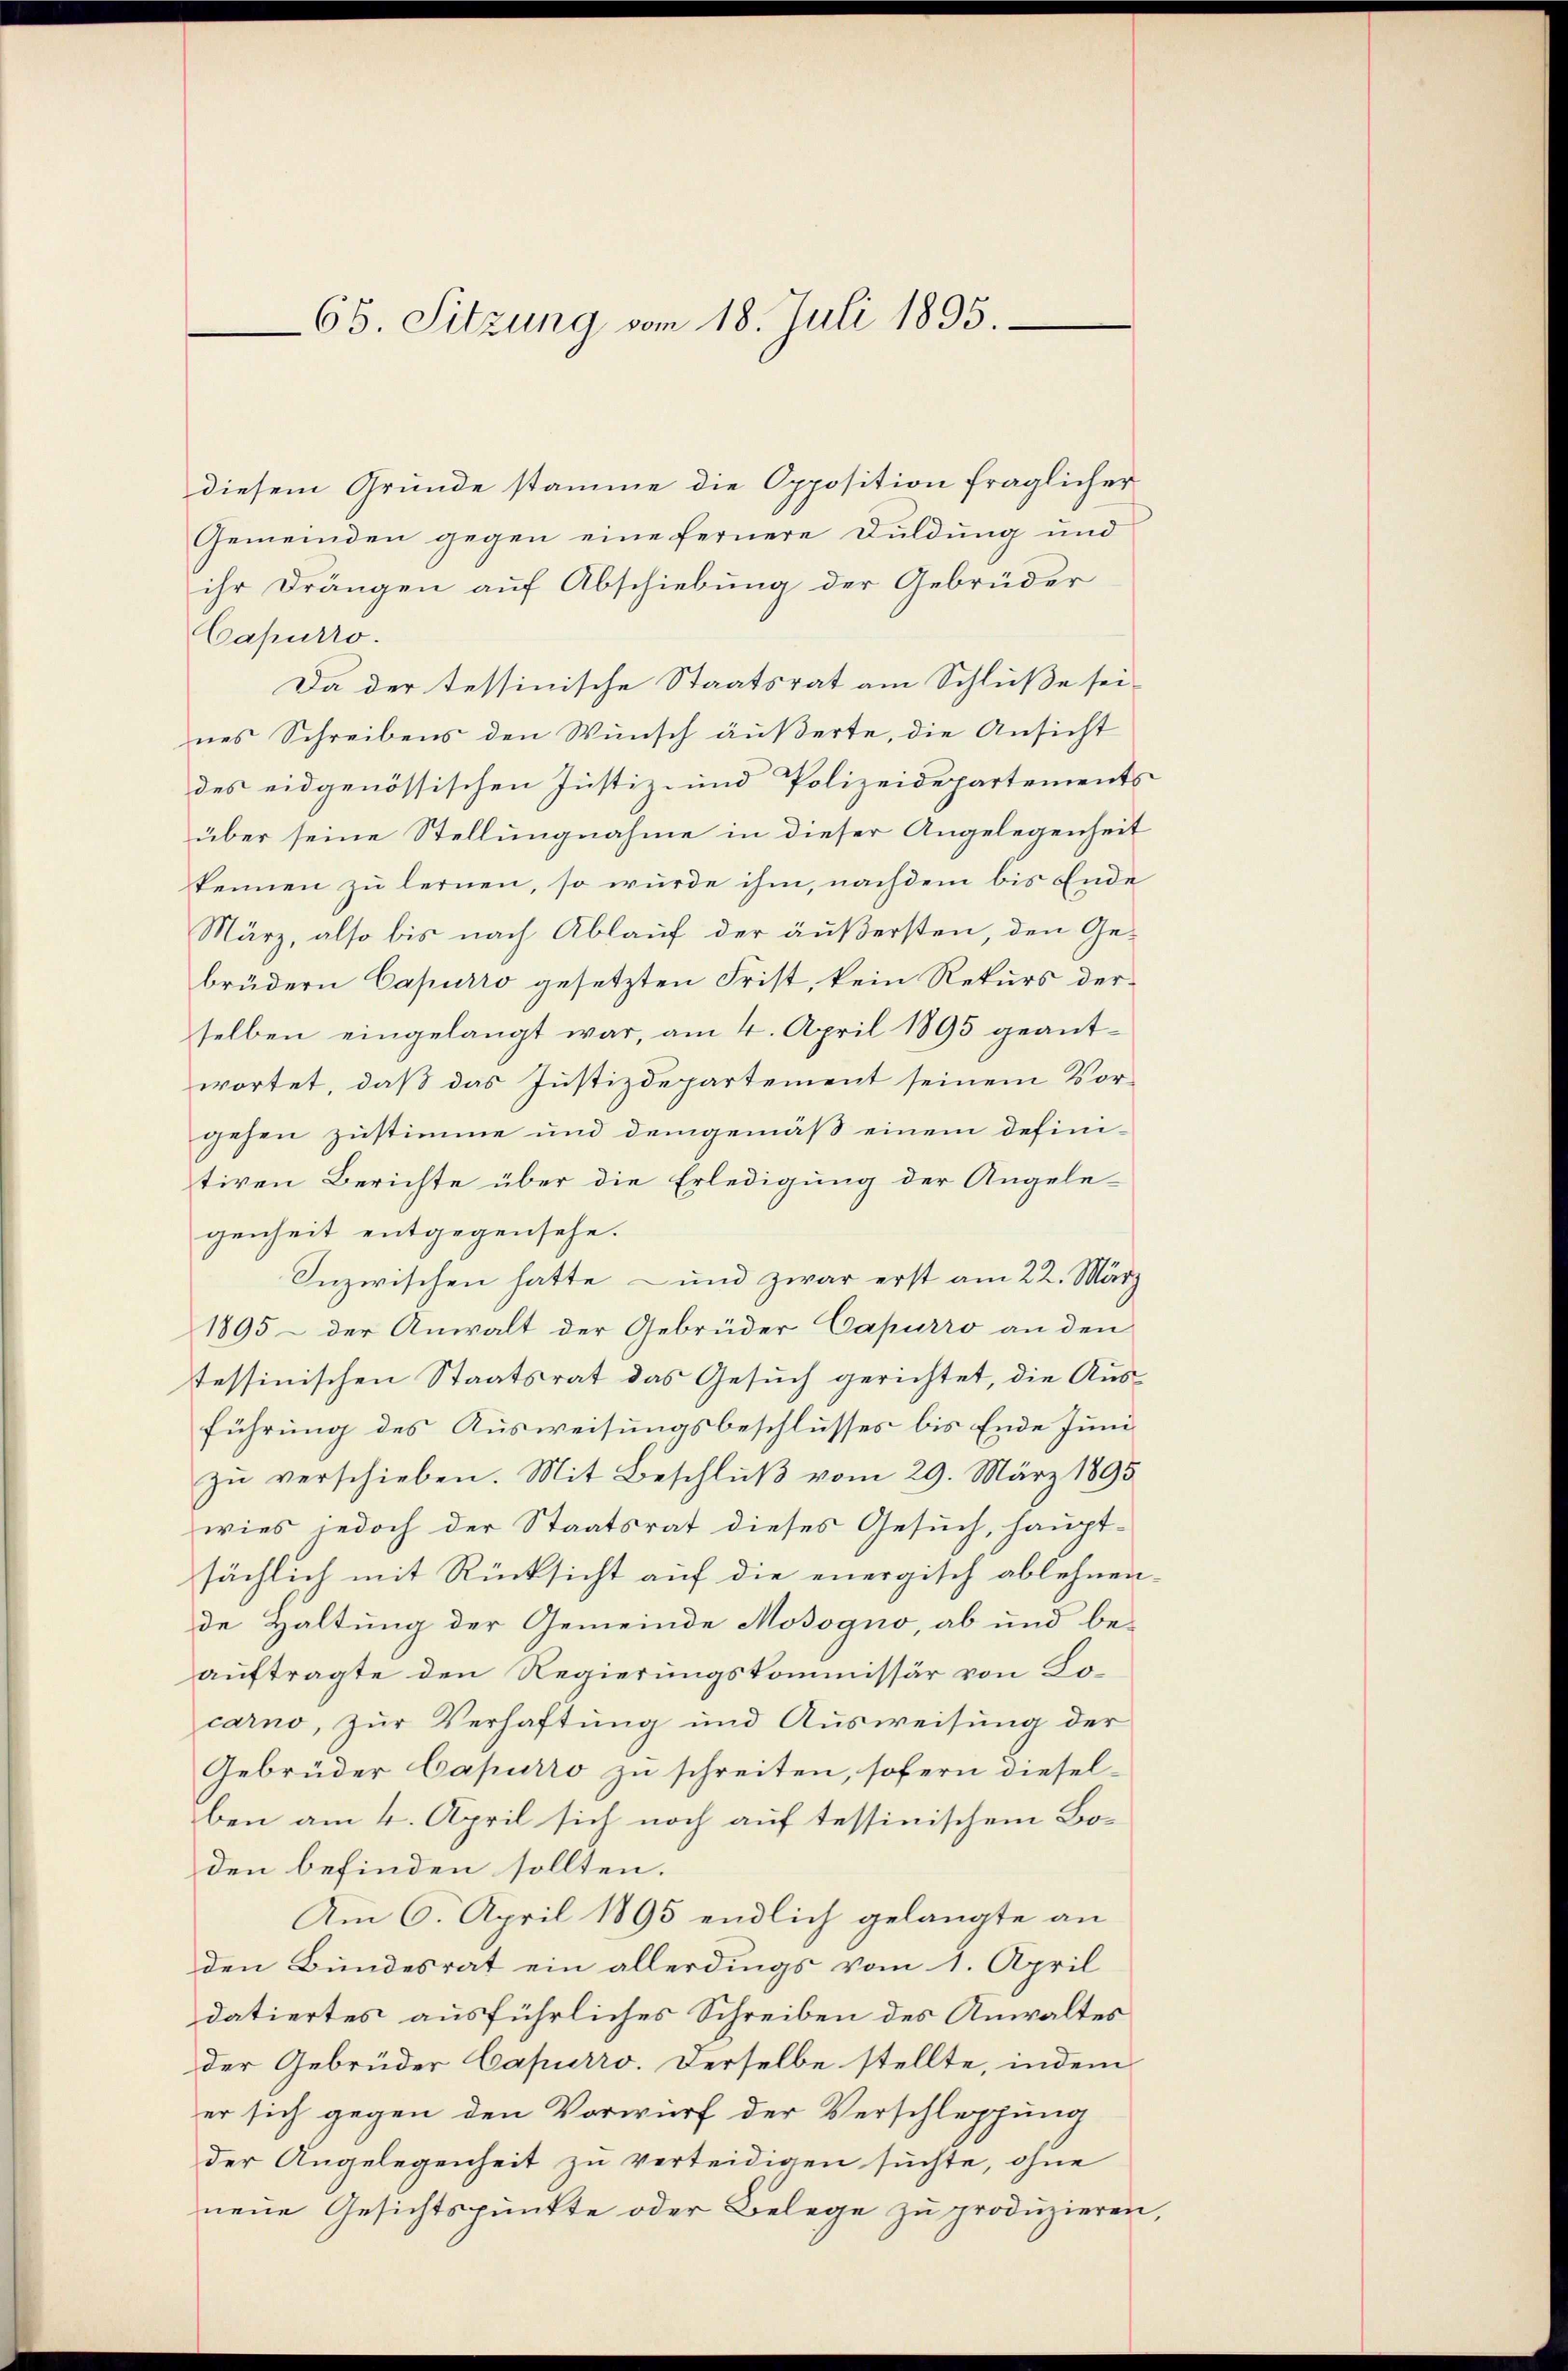
65. Sitzung vom 18. Juli 1895.

diesem Grunde stamme die Opposition fraglicher
Gemeinden gegen eine fernere Duldung und
ihr Drängen auf Abschiebung der Gebrüder
Capurro
Da der tessinische Staatsrat am Schluße seines Schreibens den Wunsch äußerte, die Ansicht
des eidgenössischen Justiz- und Polizeidepartements
über seine Stellungnahme in dieser Angelegenheit
kennen zu lernen, so wurde ihm, nachdem bis Ende
März, also bis nach Ablauf der äußersten, den Ge-
brüdern Capurro gesetzten Frist, kein Rekurs derselben eingelangt war, am 4. April 1895 geantwortet, daß das Justizdepartement seinem Vorgehen zustimme und demgemäß einem definitiven Berichte über die Erledigung der Angele-
genheit entgegensehe.
Inzwischen hatte und zwar erst am 22. März
1895 – der Anwalt der Gebrüder Capurro an den
tessinischen Staatsrat das Gesuch gerichtet, die Ausführung des Ausweisungsbeschlusses bis Ende Juni
zu verschieben. Mit Beschluß vom 29. März 1895
wies jedoch der Staatsrat dieses Gesuch, haupt-
sächlich mit Rücksicht auf die energisch ablehnende Haltung der Gemeinde Mosogno, ab und be-
auftragte den Regierungskommissär von Locarno, zur Verhaftung und Ausweisung der
Gebrüder Capurro zu schreiten, sofern diesel-
ben am 4. April sich noch auf tessinischem Bo-
den befinden sollten.
Am 6. April 1895 endlich gelangte an
den Bundesrat ein allerdings vom 1. April
datiertes ausführliches Schreiben des Anwaltes
der Gebrüder Capurro. Derselbe stellte, indem
er sich gegen den Vorwurf der Verschleppung
der Angelegenheit zu verteidigen suchte, ohne
neue Gesichtspunkte oder Belege zu produzieren,